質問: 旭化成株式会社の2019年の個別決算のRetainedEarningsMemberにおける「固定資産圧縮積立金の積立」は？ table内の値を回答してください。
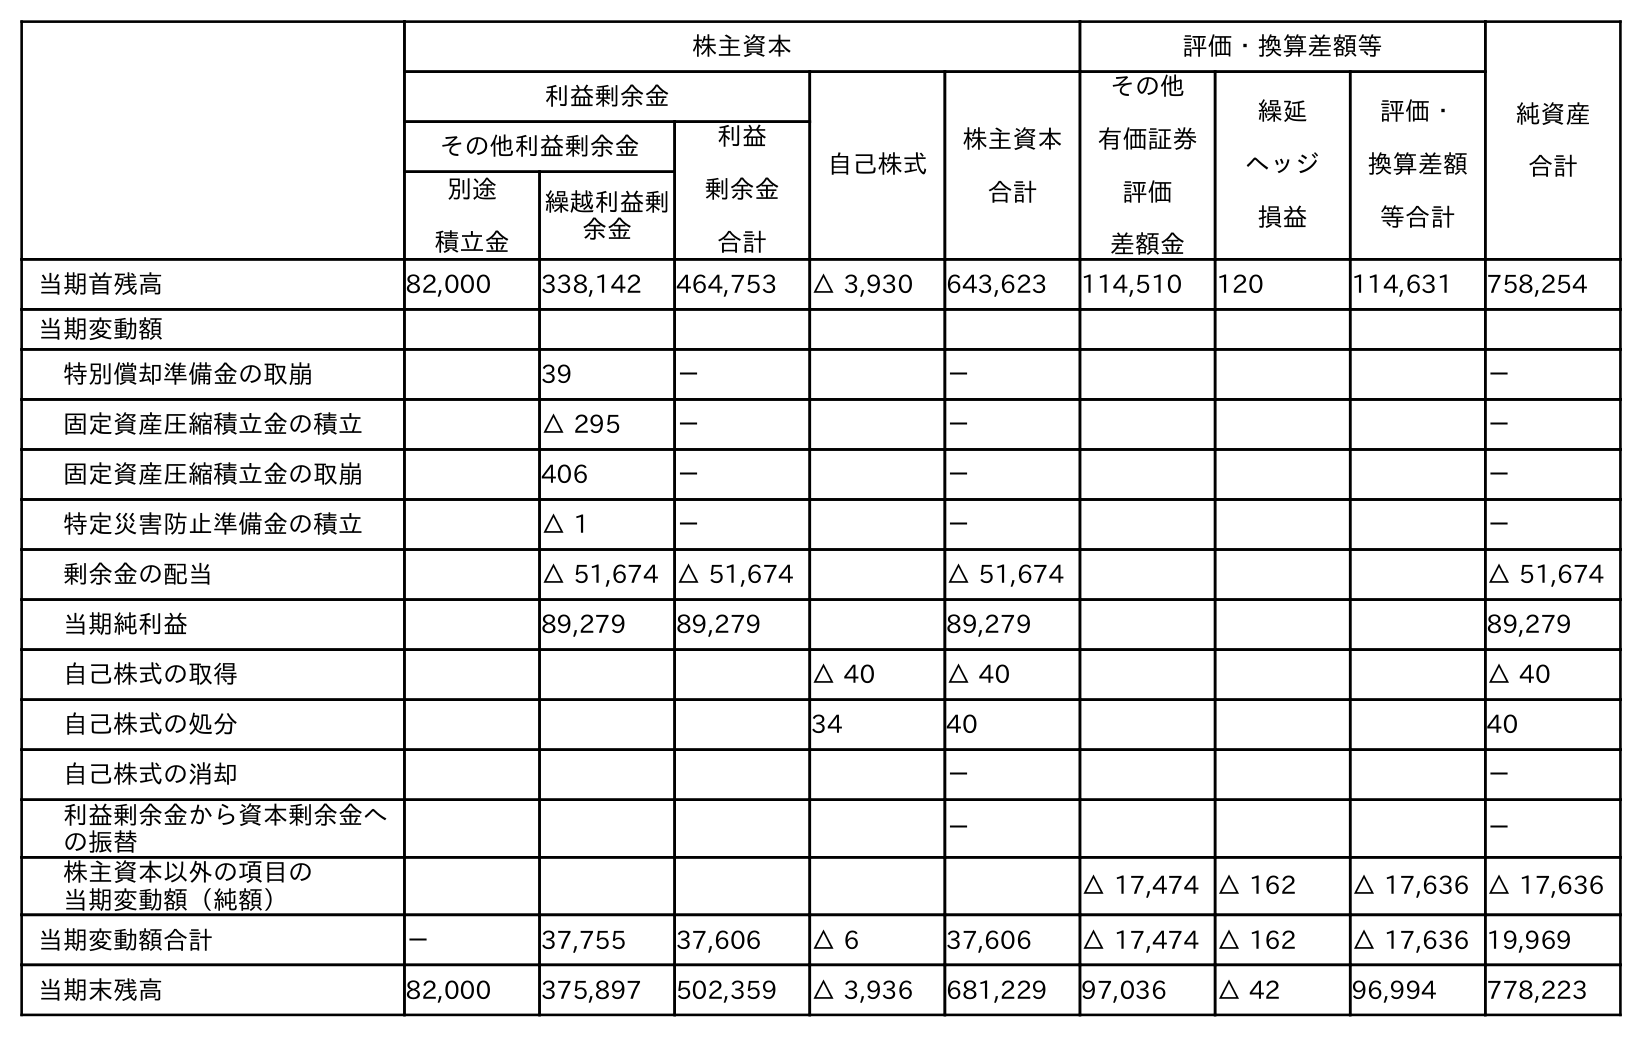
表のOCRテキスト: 株主資本 評価・換算差額等 純資産 合計 利益剰余金 自己株式 株主資本 合計 その他 有価証券 評価 差額金 繰延 ヘッジ 損益 評価・ 換算差額 等合計 その他利益剰余金 利益 剰余金 合計 別途 積立金 繰越利益剰 余金 当期首残高 82,000 338,142 464,753 △ 3,930 643,623 114,510 120 114,631 758,254 当期変動額 特別償却準備金の取崩 39 － － － 固定資産圧縮積立金の積立 △ 295 － － － 固定資産圧縮積立金の取崩 406 － － － 特定災害防止準備金の積立 △ 1 － － － 剰余金の配当 △ 51,674 △ 51,674 △ 51,674 △ 51,674 当期純利益 89,279 89,279 89,279 89,279 自己株式の取得 △ 40 △ 40 △ 40 自己株式の処分 34 40 40 自己株式の消却 － － 利益剰余金から資本剰余金へ の振替 － － 株主資本以外の項目の 当期変動額（純額） △ 17,474 △ 162 △ 17,636 △ 17,636 当期変動額合計 － 37,755 37,606 △ 6 37,606 △ 17,474 △ 162 △ 17,636 19,969 当期末残高 82,000 375,897 502,359 △ 3,936 681,229 97,036 △ 42 96,994 778,223
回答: －